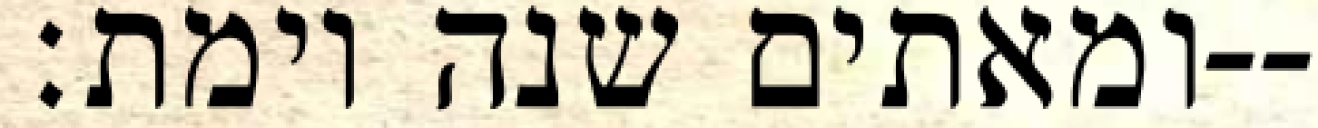
ומאתים שנה וימת׃--